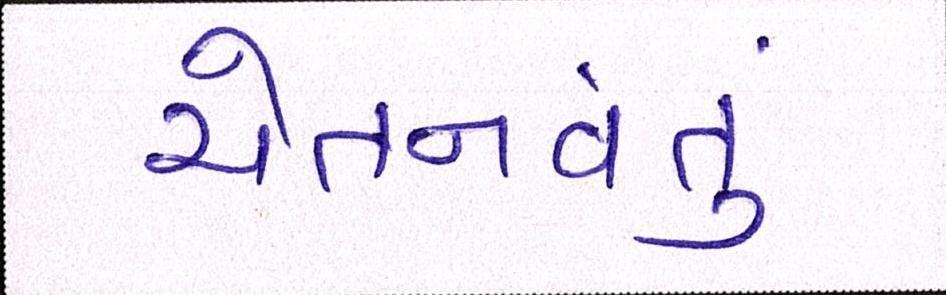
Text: ચેતનવંતું